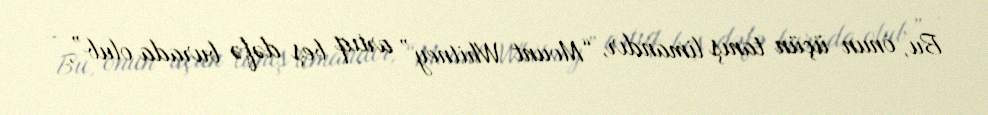
Bu, onun üçün tanış limandır, “Mount Whitney” artıq beş dəfə burada olub”, -